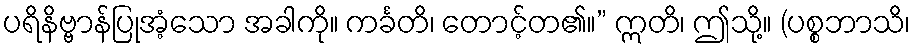
ပရိနိဗ္ဗာန်ပြုအံ့သော အခါကို။ ကင်္ခတိ၊ တောင့်တ၏။” ဣတိ၊ ဤသို့။ (ပစ္စဘာသိ၊